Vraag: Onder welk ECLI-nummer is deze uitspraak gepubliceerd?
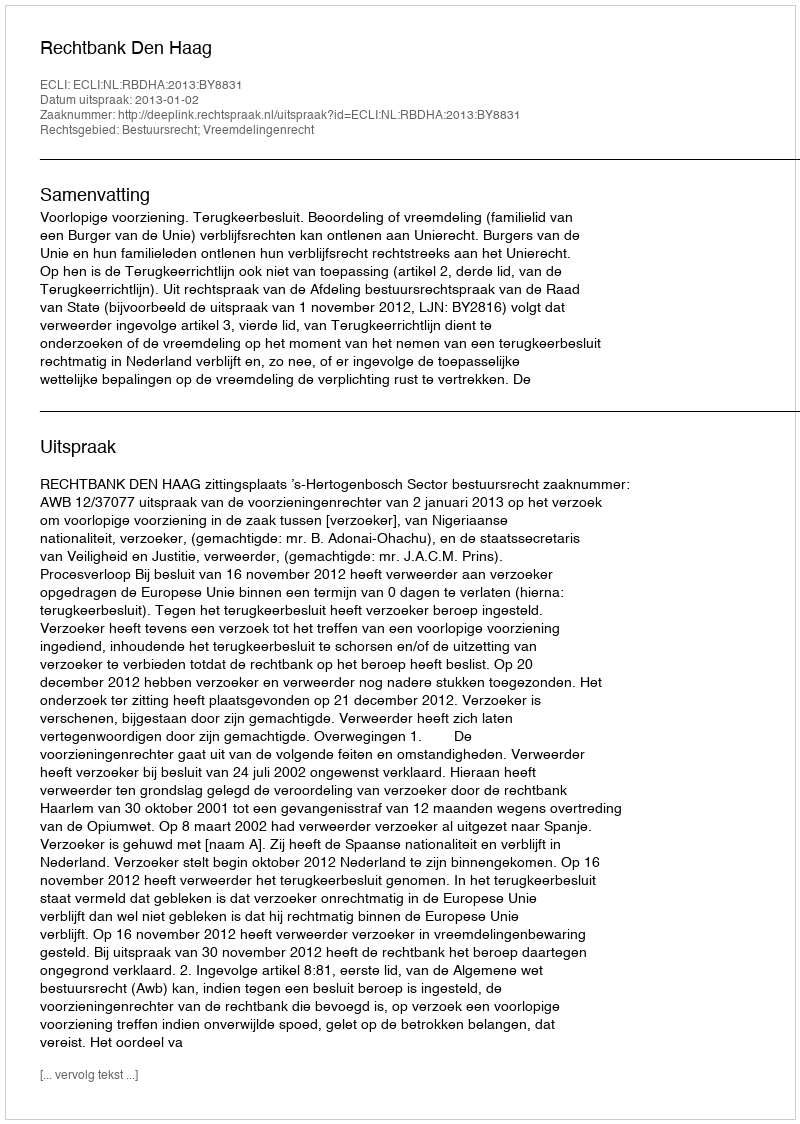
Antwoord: ECLI:NL:RBDHA:2013:BY8831